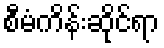
စီမံကိန်းဆိုင်ရာ